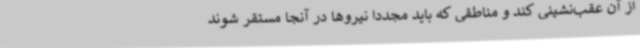
از آن عقب‌نشینی کند و مناطقی که باید مجددا نیروها در آنجا مستقر شوند